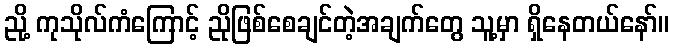
ညို့ ကုသိုလ်ကံကြောင့် ညိုဖြစ်စေချင်တဲ့အချက်တွေ သူ့မှာ ရှိနေတယ်နော်။